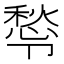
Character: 𭅿